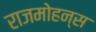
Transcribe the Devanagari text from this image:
राजमोहन्स